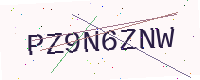
Text: PZ9N6ZNW